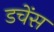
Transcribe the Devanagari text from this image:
डचेंस